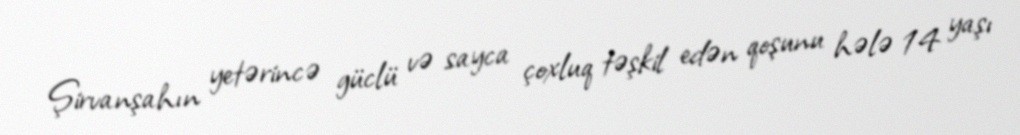
Şirvanşahın yetərincə güclü və sayca çoxluq təşkil edən qoşunu hələ 14 yaşı